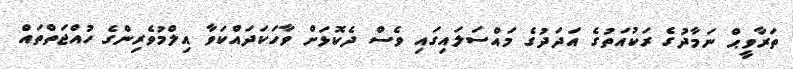
ތަރާވީޙް ނަމާދުގެ ރަކުއަތުގެ އަދަދުގެ މައްސަލައިގައި ވެސް ދެކޮޅަށް ވާހަކަދައްކަވާ އިލްމުވެރިންގެ ހުއްޖަތްތައް